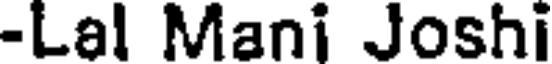
-Lal Mani Joshi